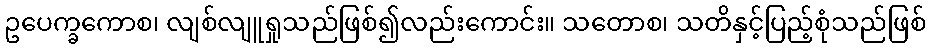
ဥပေက္ခကောစ၊ လျစ်လျူရှုသည်ဖြစ်၍လည်းကောင်း။ သတောစ၊ သတိနှင့်ပြည့်စုံသည်ဖြစ်